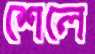
শেলে